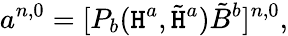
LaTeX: a^{n,0}=[P_{b}(\mathtt{H}^{a},\tilde{{\mathtt{H}}}^{a})\tilde{{B}}^{b}]^{n,0},